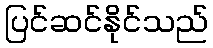
ပြင်ဆင်နိုင်သည်